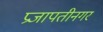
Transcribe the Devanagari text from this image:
प्रजापतीनगर